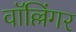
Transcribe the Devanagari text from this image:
वॉल्लिंगर